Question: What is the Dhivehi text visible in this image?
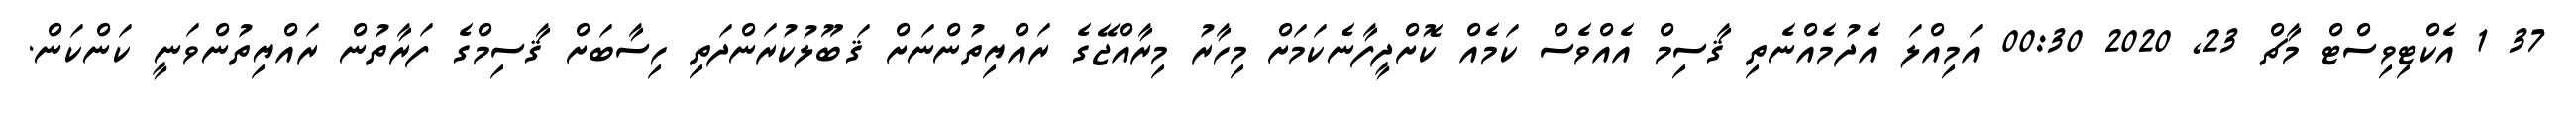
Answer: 37 1 އެކްޓިވިސްޓް މާޗް 23, 2020 00:30 އަމިއްލަ އެދުމެއްނެތި ޤާސިމް އެއްވެސް ކަމެއް ކޮށްދީފާނެކަމަށް މިހާރު މިރާއްޖޭގެ ރައްޔިތުންނަށް ޤަބޫލުކުރަންދަތި ހިސާބަށް ޤާސިމްގެ ފަރާތުން ރައްޔިތުންވަނީ ކަންކަން.